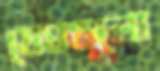
মেঘগুলো